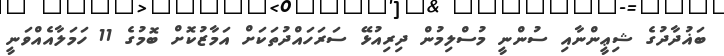
ބަޣުދާދުގެ ޝިޢީންނާއި ސުންނީ މުސްލިމުން ދިރިއުޅޭ ސަރަހައްދުތަކަށް އަމާޒުކޮށް ބޮމުގެ 11 ހަމަލާއެއްވަނީ